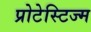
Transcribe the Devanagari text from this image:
प्रोटेस्टिज्म